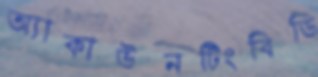
অ্যাকাউনটিংবিডি